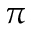
\pi